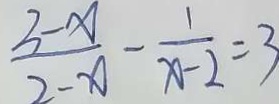
\frac { 3 - x } { 2 - x } - \frac { 1 } { x - 2 } = 3